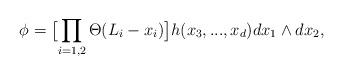
LaTeX: \begin{align*}\phi = \bigl[ \prod_{i = 1,2} \Theta (L_{i} - x_{i})\bigr]h(x_{3},...,x_{d}) dx_{1}\wedge dx_{2},\end{align*}